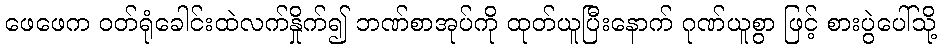
ဖေဖေက ဝတ်ရုံခေါင်းထဲလက်နှိုက်၍ ဘဏ်စာအုပ်ကို ထုတ်ယူပြီးနောက် ဂုဏ်ယူစွာ ဖြင့် စားပွဲပေါ်သို့